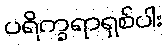
ပရိက္ခရာရှစ်ပါး